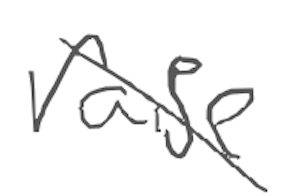
Text: raise
Cross-out: diagonal
Writing tool: digital_gray